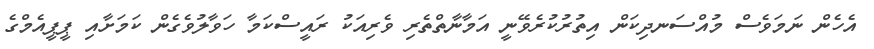
އެހެން ނަމަވެސް މުއްސަނދިކަން އިތުރުކުރެވޭނީ އަމާނާތްތެރި ވެރިއަކު ރައީސްކަމާ ހަވާލުވެގެން ކަމަށާއި ޕީޕީއެމްގެ